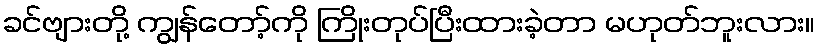
ခင်ဗျားတို့ ကျွန်တော့်ကို ကြိုးတုပ်ပြီးထားခဲ့တာ မဟုတ်ဘူးလား။